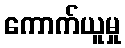
ကောက်ယူမှု